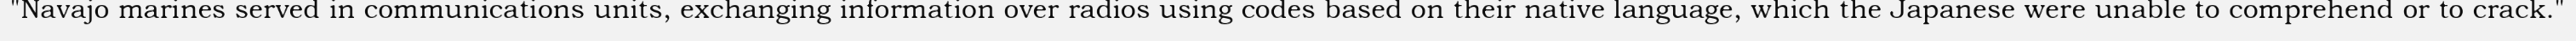
"Navajo marines served in communications units, exchanging information over radios using codes based on their native language, which the Japanese were unable to comprehend or to crack."